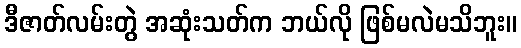
ဒီဇာတ်လမ်းတွဲ အဆုံးသတ်က ဘယ်လို ဖြစ်မလဲမသိဘူး။